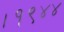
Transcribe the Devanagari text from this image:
।१९४४